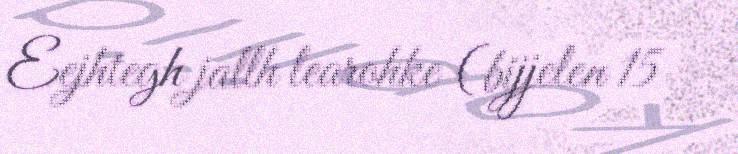
Eejhtegh jallh learohke (bijjelen 15